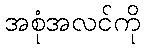
အစုံအလင်ကို